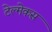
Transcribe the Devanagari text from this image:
टेल्मेकस